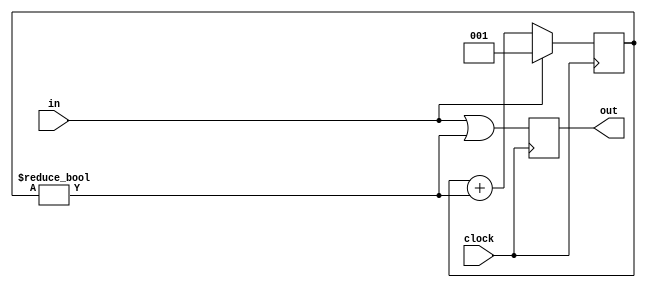
module pulse_stretch
  (
   input      clock,
   input      in,
   output reg out = 0
   );
   parameter NB=3;
   reg [NB-1:0] count = 0;
   always @(posedge clock)
     begin
	if(in)
	  count <= 1'b1;
	else
	  count <= count + (count != 0);
	out <= in | (count != 0);
     end
endmodule